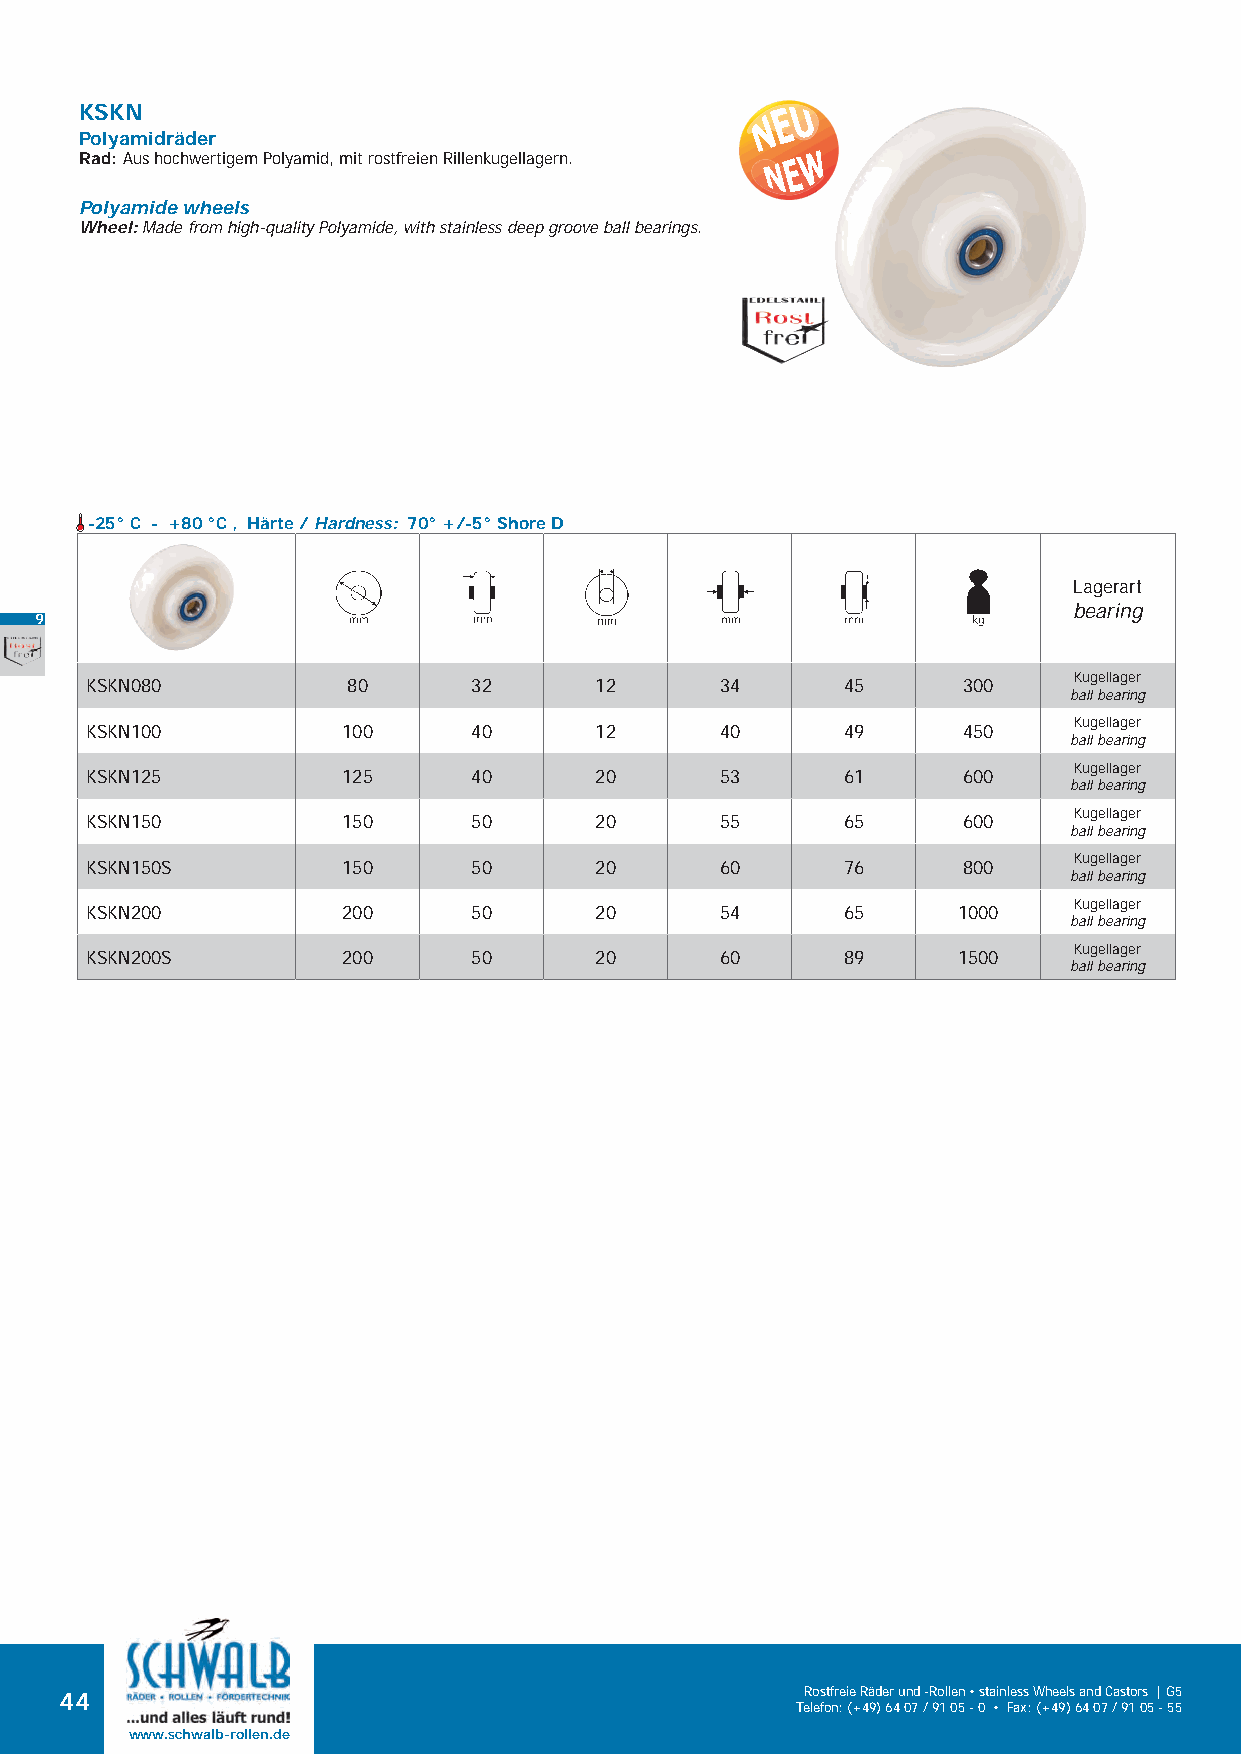
KSKN
 Polyamidräder
 Rad: Aus hochwertigem Polyamid, mit rostfreien Rillenkugellagern.
 Polyamide wheels
 Wheel: Made from high-quality Polyamide, with stainless deep groove ball bearings.
 -25° C - +80 °C , Härte / Hardness: 70° +/-5° Shore D
 Lagerart
 bearing
 9
 Kugellager
 KSKN080          80      32      12       34      45      300
 ball bearing
 Kugellager
 KSKN100          100     40      12       40      49      450
 ball bearing
 Kugellager
 KSKN125          125     40      20       53      61      600
 ball bearing
 Kugellager
 KSKN150          150     50      20       55      65      600
 ball bearing
 Kugellager
 KSKN150S         150     50      20       60      76      800
 ball bearing
 Kugellager
 KSKN200          200     50      20       54      65     1000
 ball bearing
 Kugellager
 KSKN200S         200     50      20       60      89     1500
 ball bearing
 44                                               Rostfreie Räder und -Rollen • stainless Wheels and Castors | G5
 Telefon: (+49) 64 07 / 91 05 - 0 • Fax: (+49) 64 07 / 91 05 - 55
 www.schwalb-rollen.de